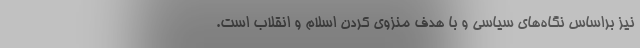
نیز براساس نگاه‌های سیاسی و با هدف منزوی کردن اسلام و انقلاب است.